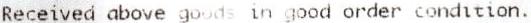
RECEIVED ABOVE GOODS IN GOOD ORDER CONDITION.